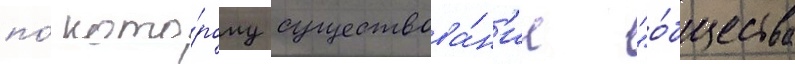
по́ кото́рому существова́н'ие "о́бщества